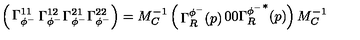
\left( \begin{matrix} { \Gamma _ { \phi ^ { - } } ^ { 1 1 } } & { \Gamma _ { \phi ^ { - } } ^ { 1 2 } } \\ { \Gamma _ { \phi ^ { - } } ^ { 2 1 } } & { \Gamma _ { \phi ^ { - } } ^ { 2 2 } } \\ \end{matrix} \right) = M _ { C } ^ { - 1 } \left( \begin{matrix} { \Gamma _ { R } ^ { \phi ^ { - } } ( p ) } & { 0 } \\ { 0 } & { { \Gamma _ { R } ^ { \phi ^ { - } } } ^ { * } ( p ) } \\ \end{matrix} \right) M _ { C } ^ { - 1 }